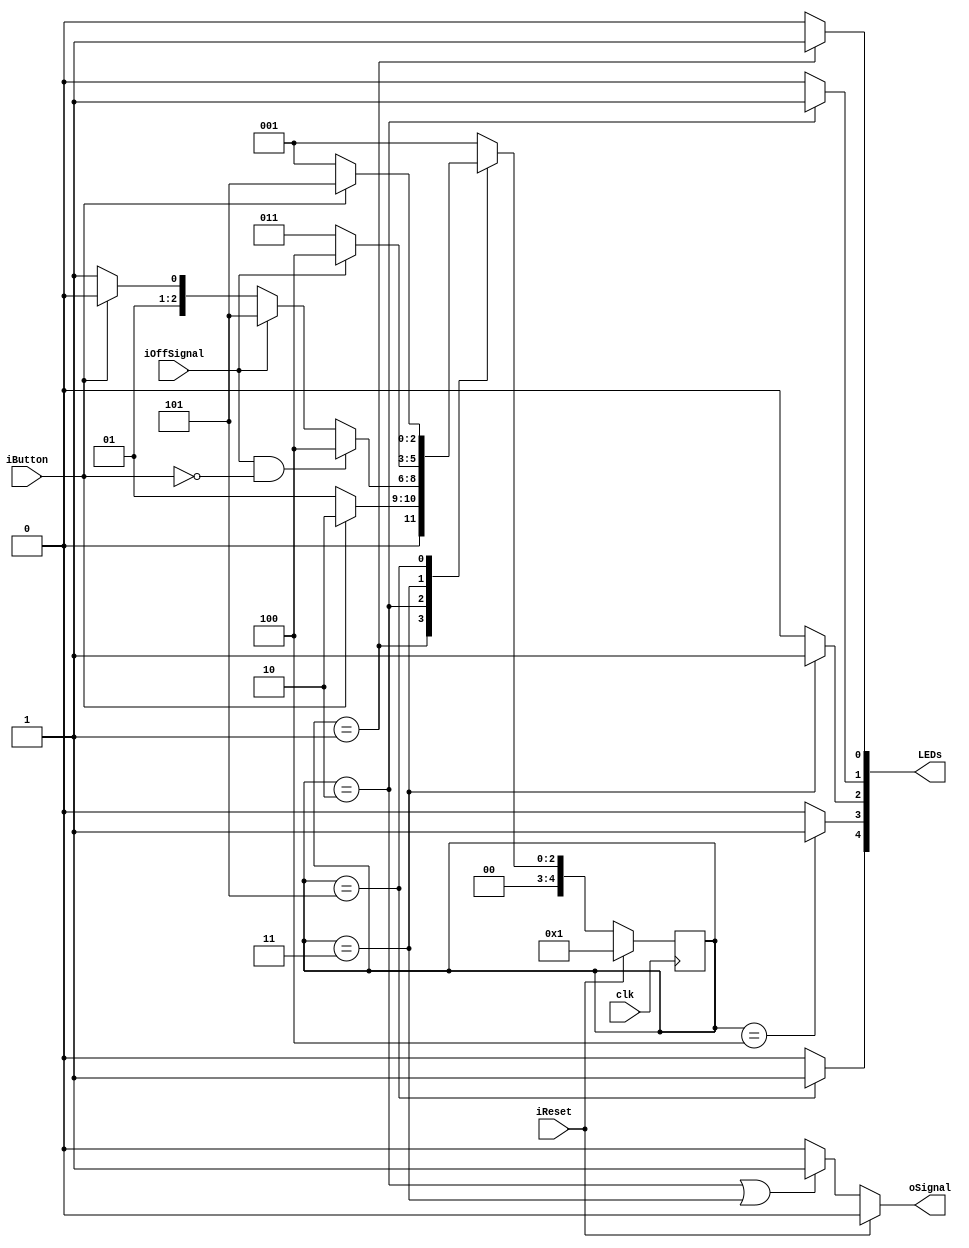
// Written by Nathan Shreve

module button( // control button behaviour
	input clk,
	input iReset,
	
	input iButton,
	input iOffSignal,
	
	output reg oSignal,
	
	output reg[4:0] LEDs
	);
	
	reg[4:0] next_state, current_state;
	
	localparam S_button_1 = 5'd1,
				  S_button_2 = 5'd2,
				  S_button_3 = 5'd3,
				  S_button_4 = 5'd4,
				  S_button_5 = 5'd5;
				  
	// state_table
	always@(*)
	begin: state_table
		if (iReset) next_state = S_button_1;
		else begin
			case (current_state)
				S_button_1: begin
					if   (iButton) next_state = S_button_2;
					else			   next_state = S_button_1;
				end
				
				S_button_2: begin
					if 	  (iOffSignal & !iButton) next_state = S_button_4;
					else if (iOffSignal) 			  next_state = S_button_5;
					else if (!iButton) 				  next_state = S_button_3;
					else 									  next_state = S_button_2;
				end
				
				S_button_3: begin
					if   (iOffSignal) next_state = S_button_4;
					else				 	next_state = S_button_3;
				end
				
				S_button_4: next_state = S_button_1;
				
				S_button_5: begin
					if   (!iButton) next_state = S_button_1;
					else			    next_state = S_button_5;
				end
				
				default: next_state = S_button_1;
			endcase
		end
	end // state_table
	
	
	// output_signals
	always@(*)
	begin: output_signals
		if 	  (iReset) 																	  oSignal = 0;
		else if (current_state == S_button_2 | current_state == S_button_3) oSignal = 1;
		else																					  oSignal = 0;
	end // output_signals
	
	
	// state_FFs
	always@(posedge clk)
   begin: state_FFs
		if (iReset) current_state <= S_button_1;
		else current_state <= next_state;
   end // state_FFs
	
	always@(*) begin
		LEDs = 0;
		case (current_state)
			S_button_1: LEDs[0] = 1;
			S_button_2: LEDs[1] = 1;
			S_button_3: LEDs[2] = 1;
			S_button_4: LEDs[3] = 1;
			S_button_5: LEDs[4] = 1;
		endcase
	end
endmodule